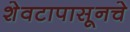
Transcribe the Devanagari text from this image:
शेवटापासूनचे